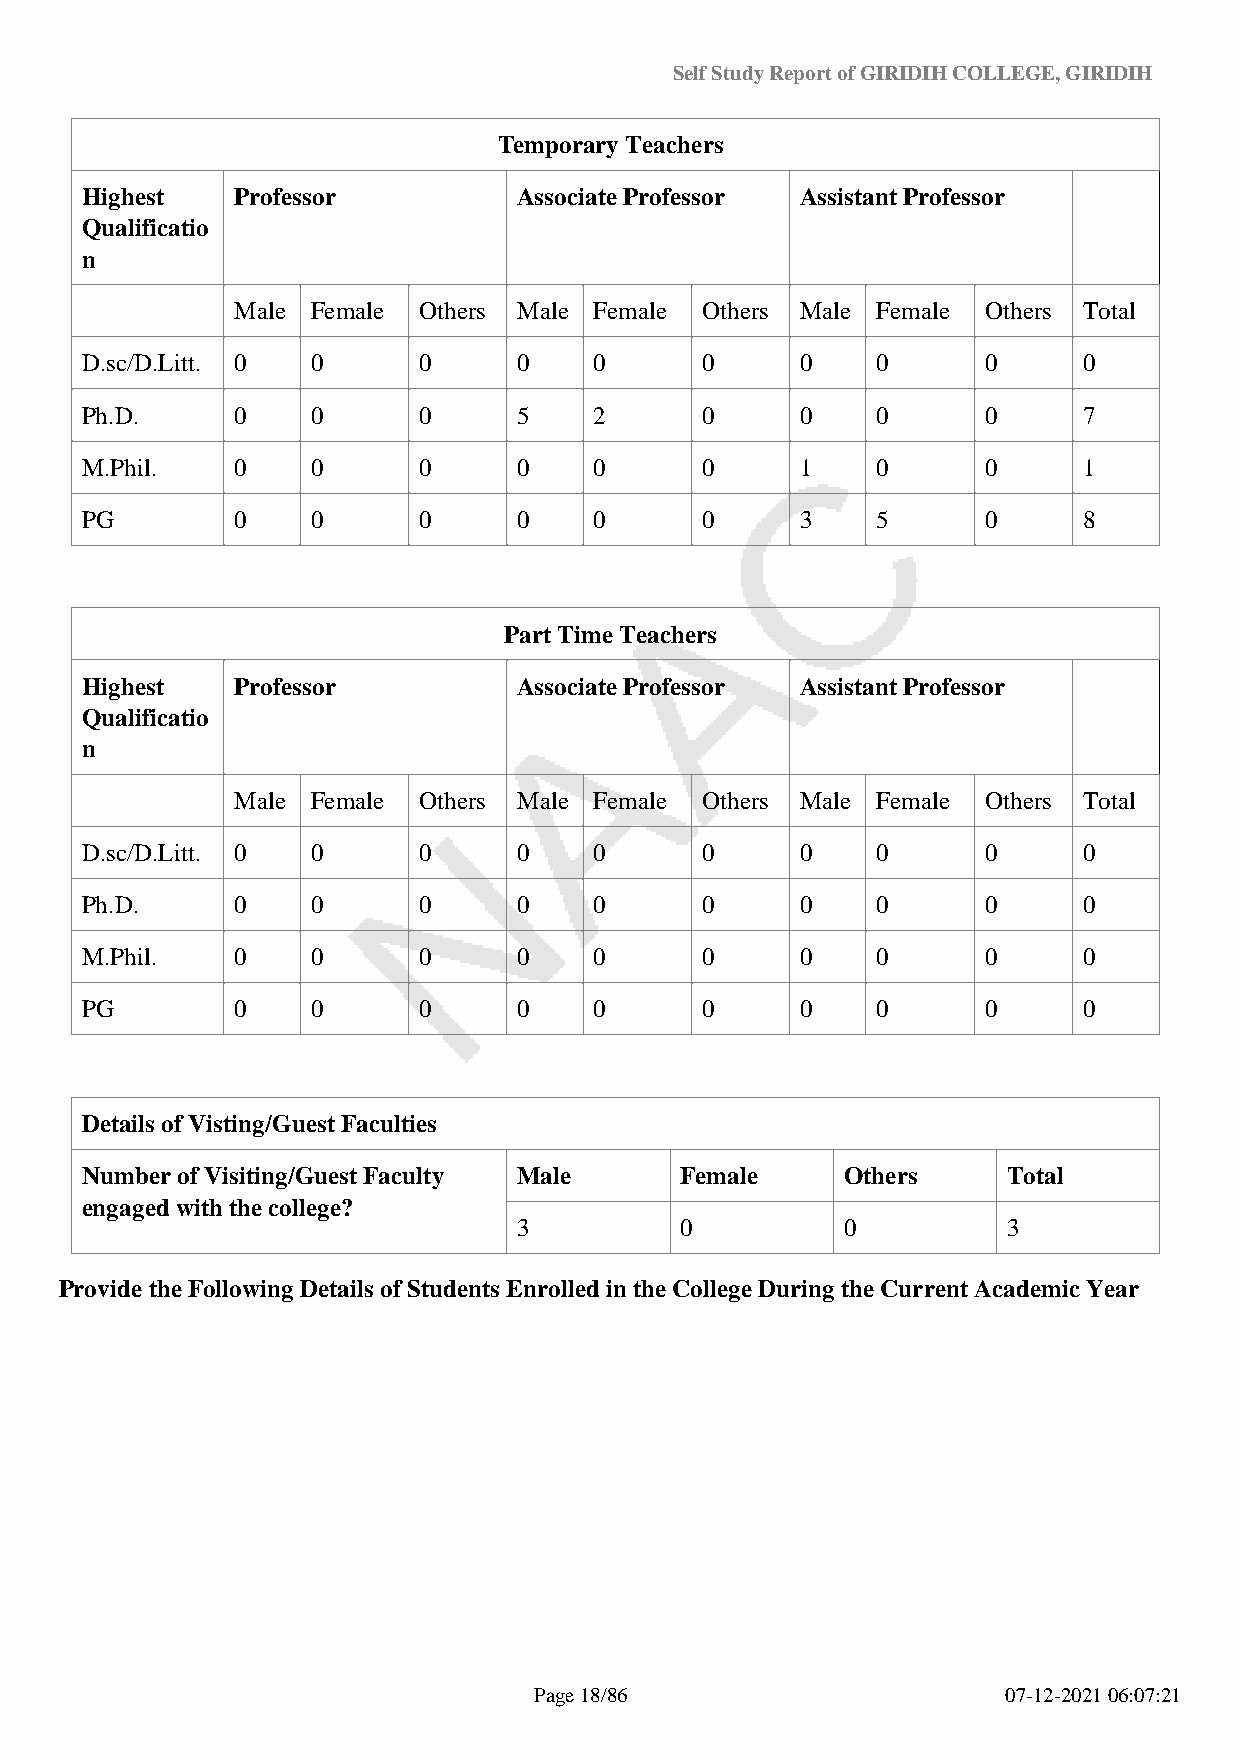
Self Study Report of GIRIDIH COLLEGE, GIRIDIH
 Temporary Teachers
 Highest    Professor         Associate Professor Assistant Professor
 Qualificatio
 n
 Male Female Others Male Female Others Male Female Others Total
 D.sc/D.Litt. 0  0      0     0    0      0      0    0      0      0
 Ph.D.      0    0      0     5    2      0      0    0      0      7
 M.Phil.    0    0      0     0    0      0      1    0      0      1
 PG         0    0      0     0    0      0      3    5      0      8
 Part Time Teachers
 Highest    Professor         Associate Professor Assistant Professor
 Qualificatio
 n
 Male Female Others Male Female Others Male Female Others Total
 D.sc/D.Litt. 0  0      0     0    0      0      0    0      0      0
 Ph.D.      0    0      0     0    0      0      0    0      0      0
 M.Phil.    0    0      0     0    0      0      0    0      0      0
 PG         0    0      0     0    0      0      0    0      0      0
 Details of Visting/Guest Faculties
 Number of Visiting/Guest Faculty Male   Female     Others     Total
 engaged with the college?
 3          0          0          3
 Provide the Following Details of Students Enrolled in the College During the Current Academic Year
 Page 18/86                      07-12-2021 06:07:21